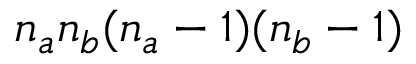
n _ { a } n _ { b } ( n _ { a } - 1 ) ( n _ { b } - 1 )